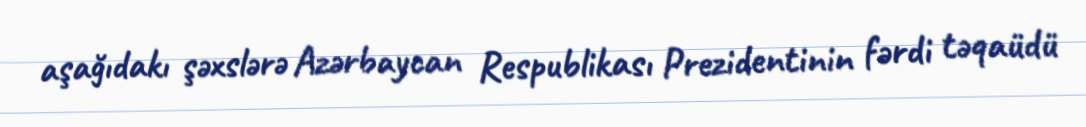
aşağıdakı şəxslərə Azərbaycan Respublikası Prezidentinin fərdi təqaüdü